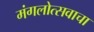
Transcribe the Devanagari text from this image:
मंगलोत्सवाचा